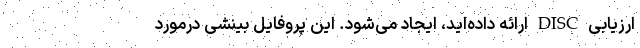
ارزیابی DISC ارائه داده‌اید، ایجاد می‌شود. این پروفایل بینشی درمورد